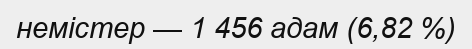
немістер — 1 456 адам (6,82 %)